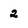
Character: 2